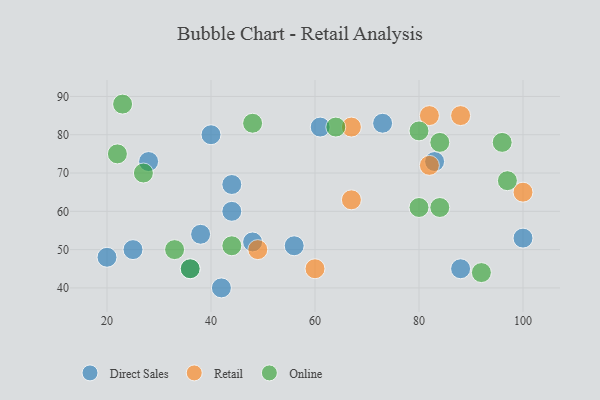
{"axis": {"x": "GDP", "y": "Life Expectancy"}, "legend": ["Direct Sales", "Online", "Retail"], "data": [{"x": "61", "y": 82, "type": "Direct Sales"}, {"x": "42", "y": 40, "type": "Direct Sales"}, {"x": "40", "y": 80, "type": "Direct Sales"}, {"x": "38", "y": 54, "type": "Direct Sales"}, {"x": "56", "y": 51, "type": "Direct Sales"}, {"x": "88", "y": 45, "type": "Direct Sales"}, {"x": "73", "y": 83, "type": "Direct Sales"}, {"x": "44", "y": 60, "type": "Direct Sales"}, {"x": "20", "y": 48, "type": "Direct Sales"}, {"x": "100", "y": 53, "type": "Direct Sales"}, {"x": "83", "y": 73, "type": "Direct Sales"}, {"x": "48", "y": 52, "type": "Direct Sales"}, {"x": "28", "y": 73, "type": "Direct Sales"}, {"x": "25", "y": 50, "type": "Direct Sales"}, {"x": "44", "y": 67, "type": "Direct Sales"}, {"x": "36", "y": 45, "type": "Direct Sales"}, {"x": "82", "y": 72, "type": "Retail"}, {"x": "67", "y": 82, "type": "Retail"}, {"x": "100", "y": 65, "type": "Retail"}, {"x": "60", "y": 45, "type": "Retail"}, {"x": "49", "y": 50, "type": "Retail"}, {"x": "67", "y": 63, "type": "Retail"}, {"x": "82", "y": 85, "type": "Retail"}, {"x": "88", "y": 85, "type": "Retail"}, {"x": "22", "y": 75, "type": "Online"}, {"x": "92", "y": 44, "type": "Online"}, {"x": "84", "y": 61, "type": "Online"}, {"x": "80", "y": 81, "type": "Online"}, {"x": "23", "y": 88, "type": "Online"}, {"x": "84", "y": 78, "type": "Online"}, {"x": "44", "y": 51, "type": "Online"}, {"x": "64", "y": 82, "type": "Online"}, {"x": "33", "y": 50, "type": "Online"}, {"x": "97", "y": 68, "type": "Online"}, {"x": "48", "y": 83, "type": "Online"}, {"x": "80", "y": 61, "type": "Online"}, {"x": "96", "y": 78, "type": "Online"}, {"x": "27", "y": 70, "type": "Online"}, {"x": "36", "y": 45, "type": "Online"}]}